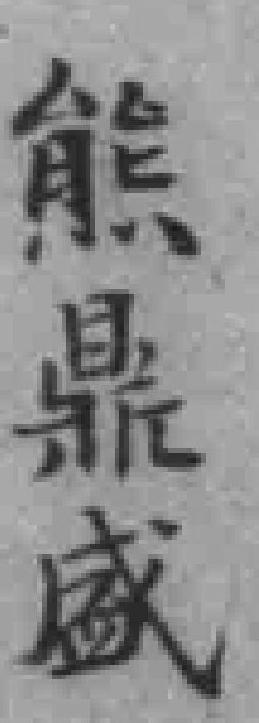
熊鼎盛